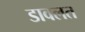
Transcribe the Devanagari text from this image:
डावलत